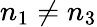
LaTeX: n_{1}\neq n_{3}